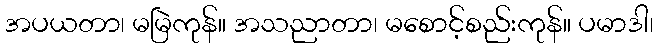
အပယတာ၊ မမြဲကုန်။ အသညာတာ၊ မစောင့်စည်းကုန်။ ပမာဒါ၊